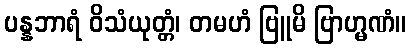
ပန္နဘာရံ ဝိသံယုတ္တံ၊ တမဟံ ဗြူမိ ဗြာဟ္မဏံ။